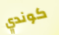
كوندي